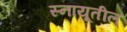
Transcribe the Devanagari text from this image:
स्नायूतील